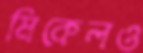
মিকেলও